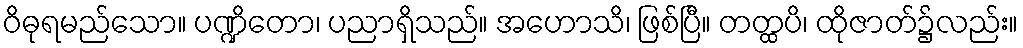
ဝိဓုရမည်သော။ ပဏ္ဍိတော၊ ပညာရှိသည်။ အဟောသိ၊ ဖြစ်ပြီ။ တတ္ထပိ၊ ထိုဇာတ်၌လည်း။